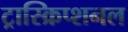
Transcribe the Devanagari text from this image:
ट्रास्क्रिप्शनल